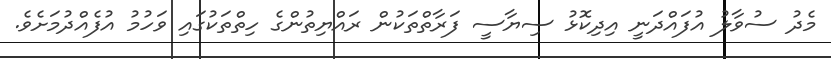
މެދު ސުވާލު އުފައްދަނީ އިދިކޮޅު ސިޔާސީ ފަރާތްތަކުން ރައްޔިތުންގެ ހިތްތަކުގައި ވަހުމު އުފެއްދުމަށެވެ.